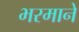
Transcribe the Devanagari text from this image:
भरमाने